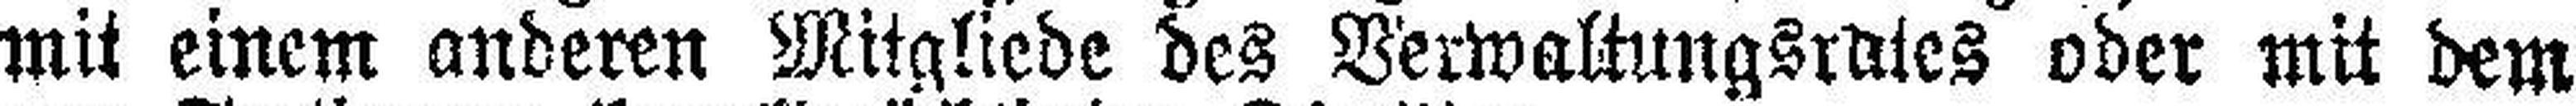
mit einem anderen Mitgliede des Verwaltungsrates oder mit dem